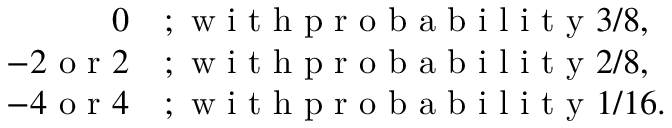
\begin{array} { r l } { 0 } & { { } ; \mathrm { ~ w ~ i ~ t ~ h ~ p ~ r ~ o ~ b ~ a ~ b ~ i ~ l ~ i ~ t ~ y ~ } 3 / 8 , } \\ { - 2 \mathrm { ~ o ~ r ~ } 2 } & { { } ; \mathrm { ~ w ~ i ~ t ~ h ~ p ~ r ~ o ~ b ~ a ~ b ~ i ~ l ~ i ~ t ~ y ~ } 2 / 8 , } \\ { - 4 \mathrm { ~ o ~ r ~ } 4 } & { { } ; \mathrm { ~ w ~ i ~ t ~ h ~ p ~ r ~ o ~ b ~ a ~ b ~ i ~ l ~ i ~ t ~ y ~ } 1 / 1 6 . } \end{array}